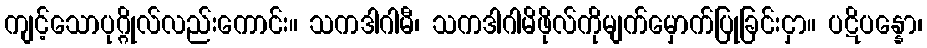
ကျင့်သောပုဂ္ဂိုလ်လည်းကောင်း။ သကဒါဂါမီ၊ သကဒါဂါမိဖိုလ်ကိုမျက်မှောက်ပြုခြင်းငှာ။ ပဋိပန္နော၊